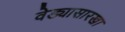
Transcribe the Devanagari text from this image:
वेड्यासारखा